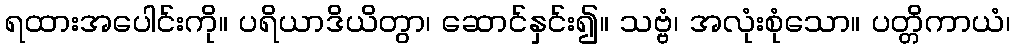
ရထားအပေါင်းကို။ ပရိယာဒိယိတွာ၊ ဆောင်နှင်း၍။ သဗ္ဗံ၊ အလုံးစုံသော။ ပတ္တိကာယံ၊